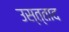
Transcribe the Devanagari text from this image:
उस्त्ताद